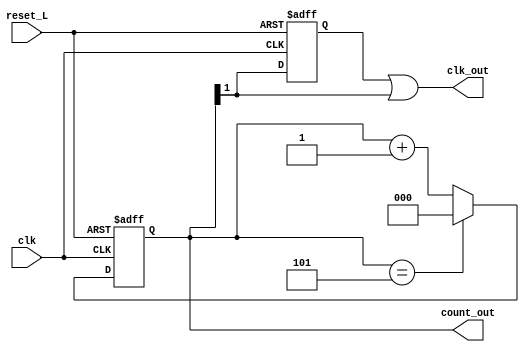
module MOD6_50_DC(
input clk,
input reset_L,
output clk_out,
output [2:0] count_out
    );
     reg [2:0] count = 'b0;
    reg temp = 'b0;
    always @ (posedge clk, negedge reset_L)
    begin
    if(!reset_L)
    count <= 'b0;
    else if(count == 'b101)
    count <= 'b0;
    else
    count <= count + 1'b1;
    end
    
    always @ (posedge clk, negedge reset_L)
    begin
    if(!reset_L)
    temp <= 'b0;
    else
    temp <= count[1];
    end
    
    assign count_out = count;
    assign clk_out = temp | count[1];
endmodule